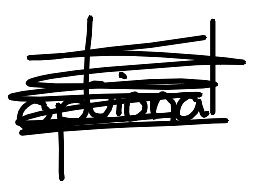
Text: optional
Cross-out: scratch
Writing tool: digital_black